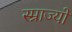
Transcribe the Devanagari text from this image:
स्म्राज्यों